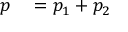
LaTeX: \begin{array} { r l } { p } & { { } = p _ { 1 } + p _ { 2 } } \end{array}